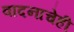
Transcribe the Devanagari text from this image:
वादनाचेही